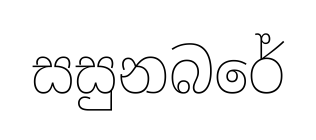
සසුනබරේ